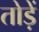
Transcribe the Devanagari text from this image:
तोड़ें